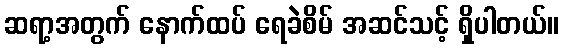
ဆရာ့အတွက် နောက်ထပ် ရေခဲစိမ် အဆင်သင့် ရှိပါတယ်။